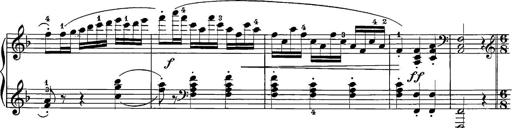
Title: 12 Sonatine per Pianoforte
Composer: Friedrich Kuhlau